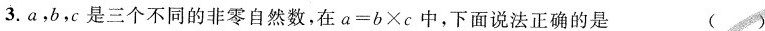
3.a，b，c是三个不同的非零自然数，在$$ a=b×c $$中，下面说法正确的是()